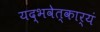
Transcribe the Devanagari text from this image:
यद्भवेत्कार्यं